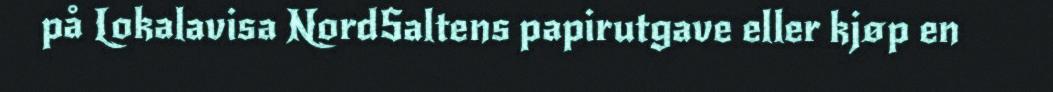
på Lokalavisa NordSaltens papirutgave eller kjøp en